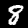
Label: 8